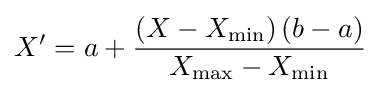
X'=a+{\frac {\left(X-X_{\min }\right)\left(b-a\right)}{X_{\max }-X_{\min }}}